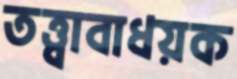
তত্ত্বাবাধয়ক